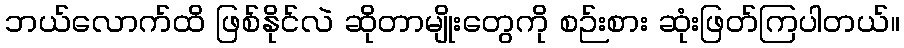
ဘယ်လောက်ထိ ဖြစ်နိုင်လဲ ဆိုတာမျိုးတွေကို စဉ်းစား ဆုံးဖြတ်ကြပါတယ်။